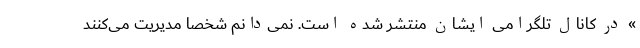
» در کانال تلگرامی ایشان منتشر شده است. نمی‌دانم شخصا مدیریت می‌کنند